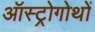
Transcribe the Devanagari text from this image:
ऑस्ट्रोगोथों